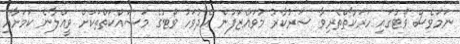
ނަމަވެސް ވޯޓުގައި ހަރަކާތްތެރިވާ ސަރުކާރު މުވައްޒަފުން އެދުވަހު ވޯޓުގެ މަސައްކަތްތަކަށް ވީއްލާނެ ކަމަށާއި